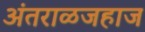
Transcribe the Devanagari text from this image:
अंतराळजहाज